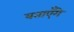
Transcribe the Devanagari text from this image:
बताएँगे